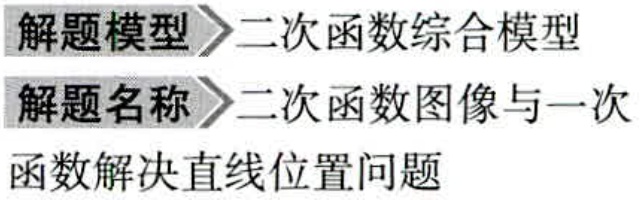
解题模型\(\rhd\)二次函数综合模型
解题名称\(\rhd\)二次函数图像与一次函数解决直线位置问题